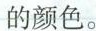
的颜色。